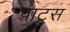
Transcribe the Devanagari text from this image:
पाट्स